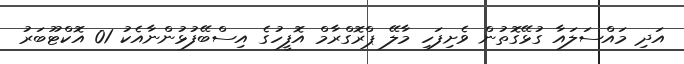
އަދި މައްސަލައާ ގުޅޭގޮތުން ވެށިފަހި މާލޭ ޕްރޮގްރާމް އޮފީހުގެ އިސްބޭފުޅުންނާއެކު 01 އޮކްޓޫބަރު